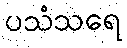
ပသံသရေ